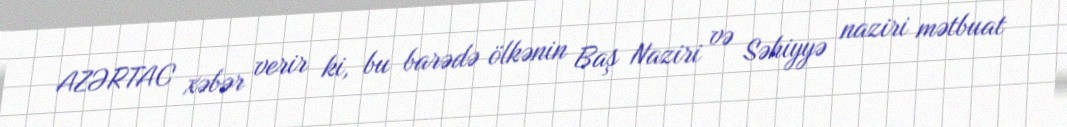
AZƏRTAC xəbər verir ki, bu barədə ölkənin Baş Naziri və Səhiyyə naziri mətbuat